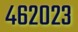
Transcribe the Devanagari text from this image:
४६२०२३